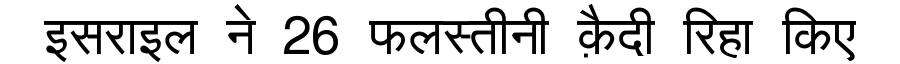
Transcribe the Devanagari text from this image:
इसराइल ने 26 फलस्तीनी क़ैदी रिहा किए